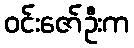
ဝင်းဇော်ဦးက